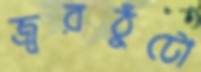
জ্বরঠুঁটো